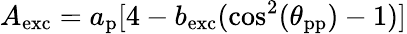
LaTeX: A_{\mathrm{exc}}=a_{\mathrm{p}}[4-b_{\mathrm{exc}}(\cos^{2}(\theta_{\mathrm{pp}})-1)]